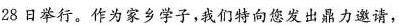
28日举行。作为家乡学子，我们特向您发出鼎力邀请，